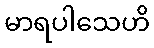
မာရပါသေဟိ